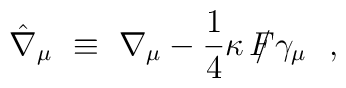
\hat\nabla_\mu ~\equiv~ \nabla_\mu -\frac{1}{4} \kappa\ {{\slash\hskip -8pt}{} F}\gamma_\mu\ \ ,